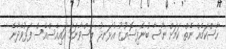
ހާސްކަމެއް ނެތް ކަމަށް ނާސާ ބުނެފިސޮޔޫޒު އުޅަނދު ލަސްވާނަމަ އައިއެސްއެސް ފަޅުވެދާނެ